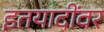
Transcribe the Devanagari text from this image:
इतयादींवर